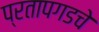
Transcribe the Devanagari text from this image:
प्रतापगडचे